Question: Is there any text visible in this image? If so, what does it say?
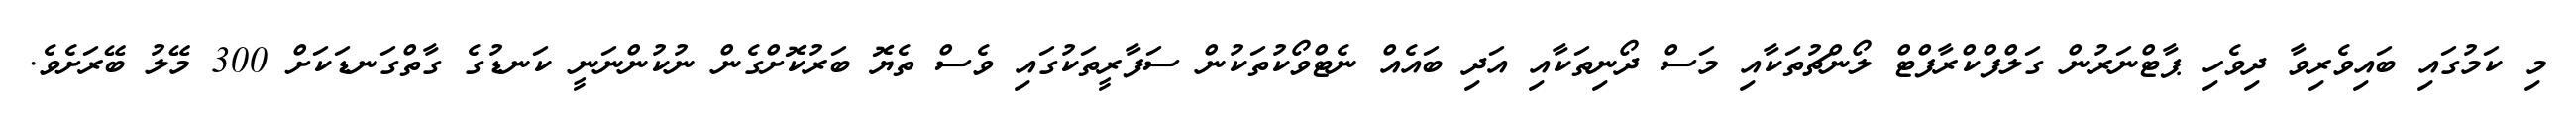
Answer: މި ކަމުގައި ބައިވެރިވާ ދިވެހި ޕާޓްނަރުން ގަލްފްކްރާފްޓް ލޯންޗުތަކާއި މަސް ދޯނިތަކާއި އަދި ބައެއް ނެޓްވޯކުތަކުން ސަފާރީތަކުގައި ވެސް ތެޔޮ ބަރުކޮށްގެން ނުކުންނަނީ ކަނޑުގެ ގާތްގަނޑަކަށް 300 މޭލު ބޭރަށެވެ.